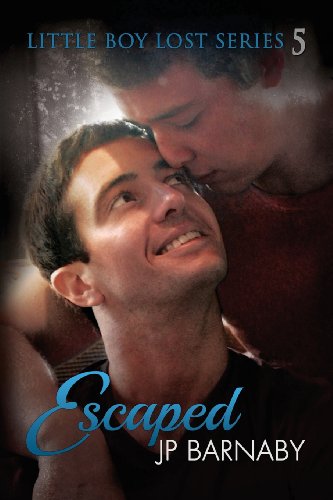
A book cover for Escaped; J. P. Barnaby; Romance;